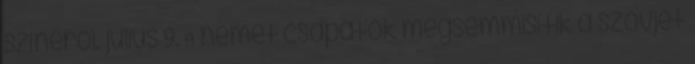
színérõl. július 9. A német csapatok megsemmisítik a szovjet